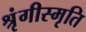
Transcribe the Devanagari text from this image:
श्रृंगीस्मृति